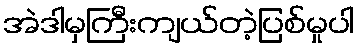
အဲဒါမှကြီးကျယ်တဲ့ပြစ်မှုပါ